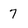
Character: 7